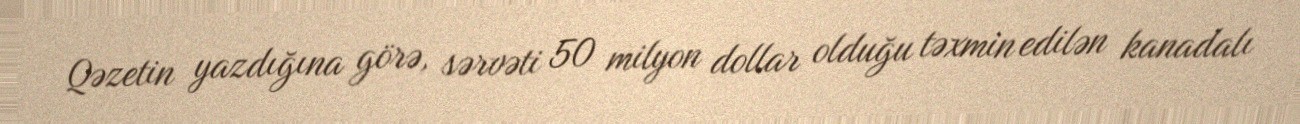
Qəzetin yazdığına görə, sərvəti 50 milyon dollar olduğu təxmin edilən kanadalı